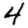
Digit: 4